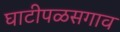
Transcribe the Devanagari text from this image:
घाटीपळसगाव